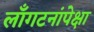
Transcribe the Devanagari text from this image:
लाँगटनांपेक्षा